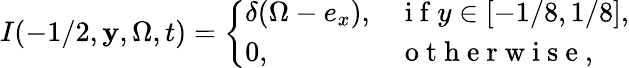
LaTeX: I(-1/2,\mathbf{y},\Omega,t)=\left\{ \begin{array}{ll}{\delta(\Omega-e_{x}),}&{\mathrm{~i~f~}y\in[-1/8,1/8],}\\ {0,}&{\mathrm{~o~t~h~e~r~w~i~s~e~},}\end{array}\right.